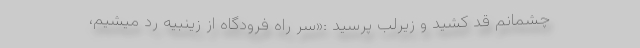
چشمانم قد کشید و زیرلب پرسید :«سر راه فرودگاه از زینبیه رد میشیم،